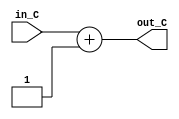
/*-------------Sumador------------*/

module counter(
  input   [7:0] in_C,
  output [7:0] out_C
);
//parameter size_counter = 8;
parameter delay = 90;
//parameter increment = 1;
//parameter inicio = 0;
  
  assign #delay out_C = in_C + 1;

endmodule